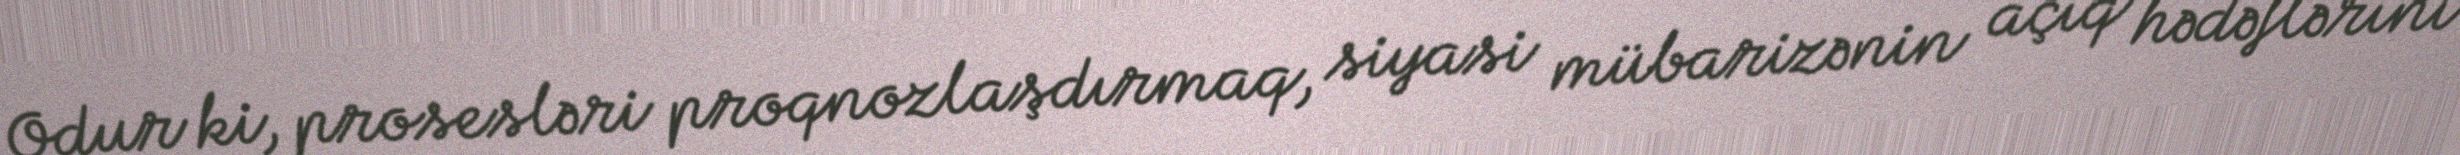
Odur ki, prosesləri proqnozlaşdırmaq, siyasi mübarizənin açıq hədəflərini